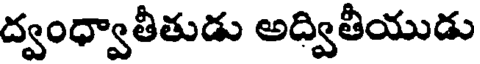
ద్వంధ్వాతీతుడు అద్వితీయుడు